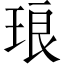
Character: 琅